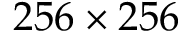
2 5 6 \times 2 5 6